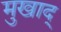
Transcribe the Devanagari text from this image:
मुखाद्